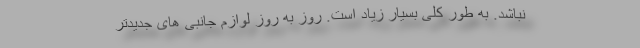
نباشد. به طور کلی بسیار زیاد است. روز به روز لوازم جانبی های جدیدتر